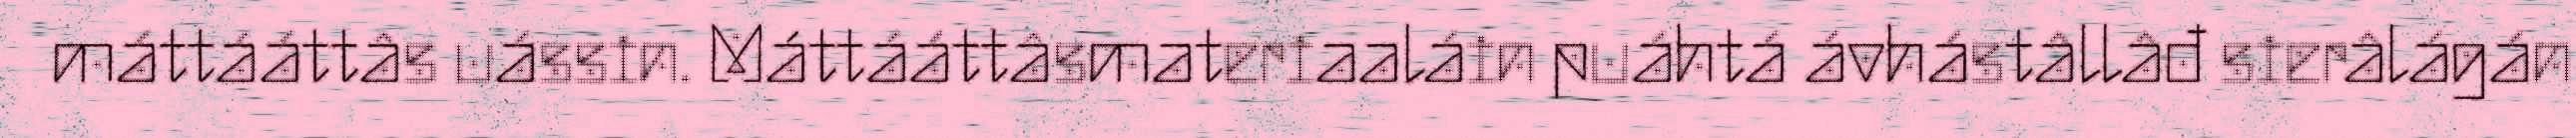
máttááttâs uássin. Máttááttâsmateriaaláin puáhtá ávhástâllâđ sierâlágán